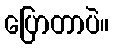
ပြောတာပဲ။